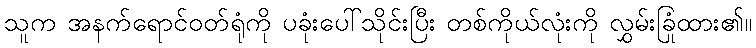
သူက အနက်ရောင်ဝတ်ရုံကို ပခုံးပေါ်သိုင်းပြီး တစ်ကိုယ်လုံးကို လွှမ်းခြုံထား၏။